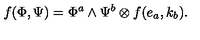
f ( \Phi , \Psi ) = \Phi ^ { a } \wedge \Psi ^ { b } \otimes f ( e _ { a } , k _ { b } ) .